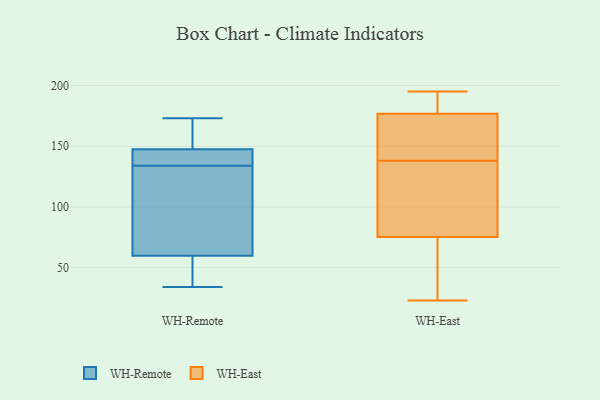
{"axis": {"x": "Budget (USD K)", "y": "Value"}, "legend": ["WH-East", "WH-Remote"], "data": [{"x": "", "y": 173, "type": "WH-Remote"}, {"x": "", "y": 95, "type": "WH-Remote"}, {"x": "", "y": 130, "type": "WH-Remote"}, {"x": "", "y": 158, "type": "WH-Remote"}, {"x": "", "y": 35, "type": "WH-Remote"}, {"x": "", "y": 34, "type": "WH-Remote"}, {"x": "", "y": 140, "type": "WH-Remote"}, {"x": "", "y": 134, "type": "WH-Remote"}, {"x": "", "y": 137, "type": "WH-Remote"}, {"x": "", "y": 47, "type": "WH-Remote"}, {"x": "", "y": 168, "type": "WH-Remote"}, {"x": "", "y": 144, "type": "WH-Remote"}, {"x": "", "y": 64, "type": "WH-Remote"}, {"x": "", "y": 76, "type": "WH-East"}, {"x": "", "y": 109, "type": "WH-East"}, {"x": "", "y": 145, "type": "WH-East"}, {"x": "", "y": 179, "type": "WH-East"}, {"x": "", "y": 75, "type": "WH-East"}, {"x": "", "y": 170, "type": "WH-East"}, {"x": "", "y": 25, "type": "WH-East"}, {"x": "", "y": 138, "type": "WH-East"}, {"x": "", "y": 62, "type": "WH-East"}, {"x": "", "y": 190, "type": "WH-East"}, {"x": "", "y": 113, "type": "WH-East"}, {"x": "", "y": 189, "type": "WH-East"}, {"x": "", "y": 195, "type": "WH-East"}, {"x": "", "y": 141, "type": "WH-East"}, {"x": "", "y": 23, "type": "WH-East"}]}